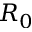
R _ { 0 }